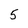
Character: 5